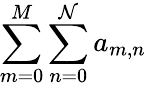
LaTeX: \sum\limits_{m=0}^{M}\sum\limits_{n=0}^{\mathcal{N}}a_{m,n}